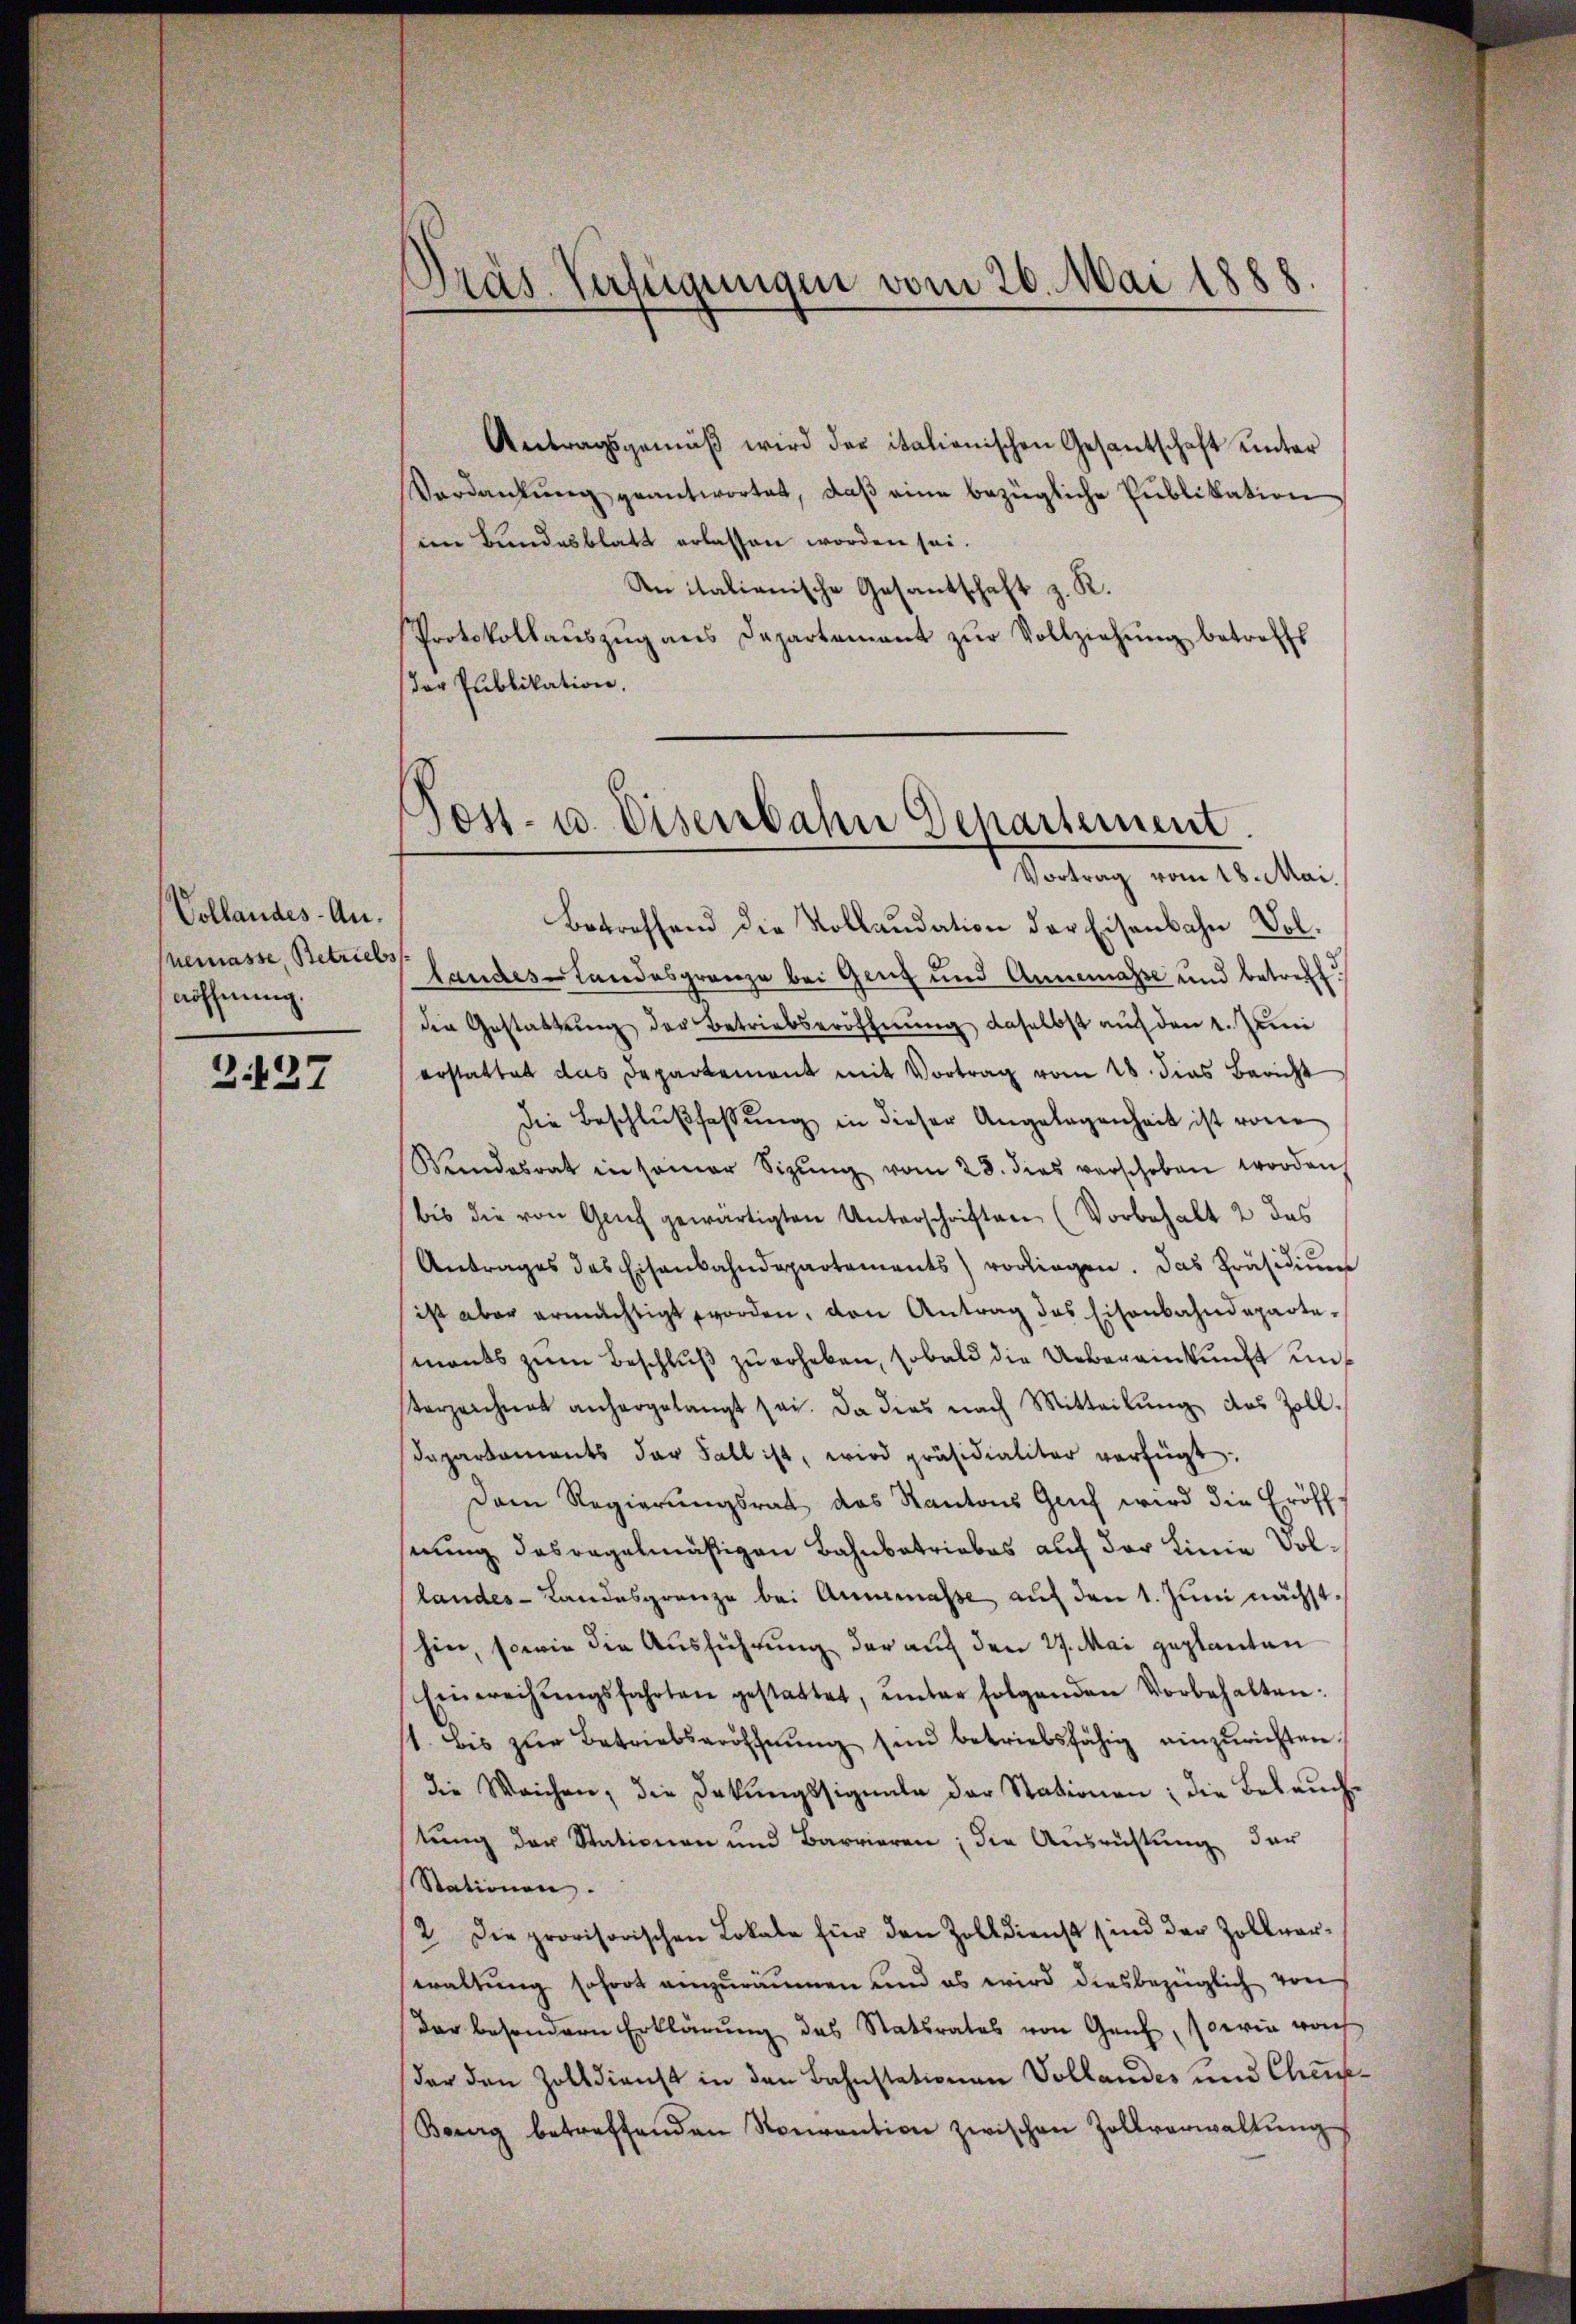
Vollandes-An.
nemasse, Betriebs
nöffnung.

Z.127

Präs. Verfügungen vom 26. Mai 1888

Antragsgemäβ wird der italienischen Gesantschaft unter
Verdankŭng geantwortet, daβ eine bezügliche Publikation
im Bundesblatt erlassen worden sei.
An italienische Gesantschaft z. R.
Protokollaŭszŭg ans Departement zŭr Vollziehŭng betreffs
Der Publikation,
Betreffend die Kollaudation der Eisenbahn Vol¬
Landes-Landesgrenze bei Ganz und Annemasse und betreff
die Gestattŭng der Betriebseröffnung daselbst auf den 1. Juni
erstattet das Departement mit Vortrag vom 18. dies Bericht
Die Beschlußfassung in dieser Angelegenheit ist von
Bŭndesrat in samer Sizŭng vom 28. dies verschoben worden,
bis die von Genf gewärtigten Unterschriften (Vorbehalt 2 das
Antrages des Eisenbahndepartements) vorliegen. Das Präsidiŭm
ist aber ermächtigt worden, den Antrag das Eisenbahndepartemants zum Beschluß zu erheben, sobald die Uebereinkunft und
Verzeichnet anhergelangt sei. Da dies nach Mitteilŭng des Zoll¬
Dapartaments der Fall ist, wird präsidialiter verfügt:
Dem Regierungsrat das Kantons Geif wird die Eröffnung dasregelmäßigen Bahnbetriebes auf der Linie Sollandes-Landesgrenze bei Annemasse auf den 1. Juni nächsthin, sowie die Ausführung der auf den 27. Mai geplanten
Einweisŭngsfahrten gestattet, ŭnter folgenden Vorbehalten:
1. bis zŭr Betriebseröffnŭng sind betriebsfähig einzurichten
die Weichen, die Dekŭngssignale der Stationen: die Bebaŭche
tung der Stationen und Barrieren; die Ausrichtung der
Stationen.
2. Die provisorischen Lokale für den Zolldienst sind der Zollverwaltung sofort anzuräumen und es wird diesbezüglich von
Dar besondern Erklärŭng des Statsrates von Genf, sowie woh
der den Zolldienst in den Bahnstationen Vollandes und Chaup¬
Berg betreffenden Konvention zwischen Zollverwaltŭng

Jost- u. Eisenbahn Departement.
Vortrag vom 18. Mai.